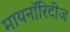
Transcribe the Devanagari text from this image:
मायनाॅरिटीज